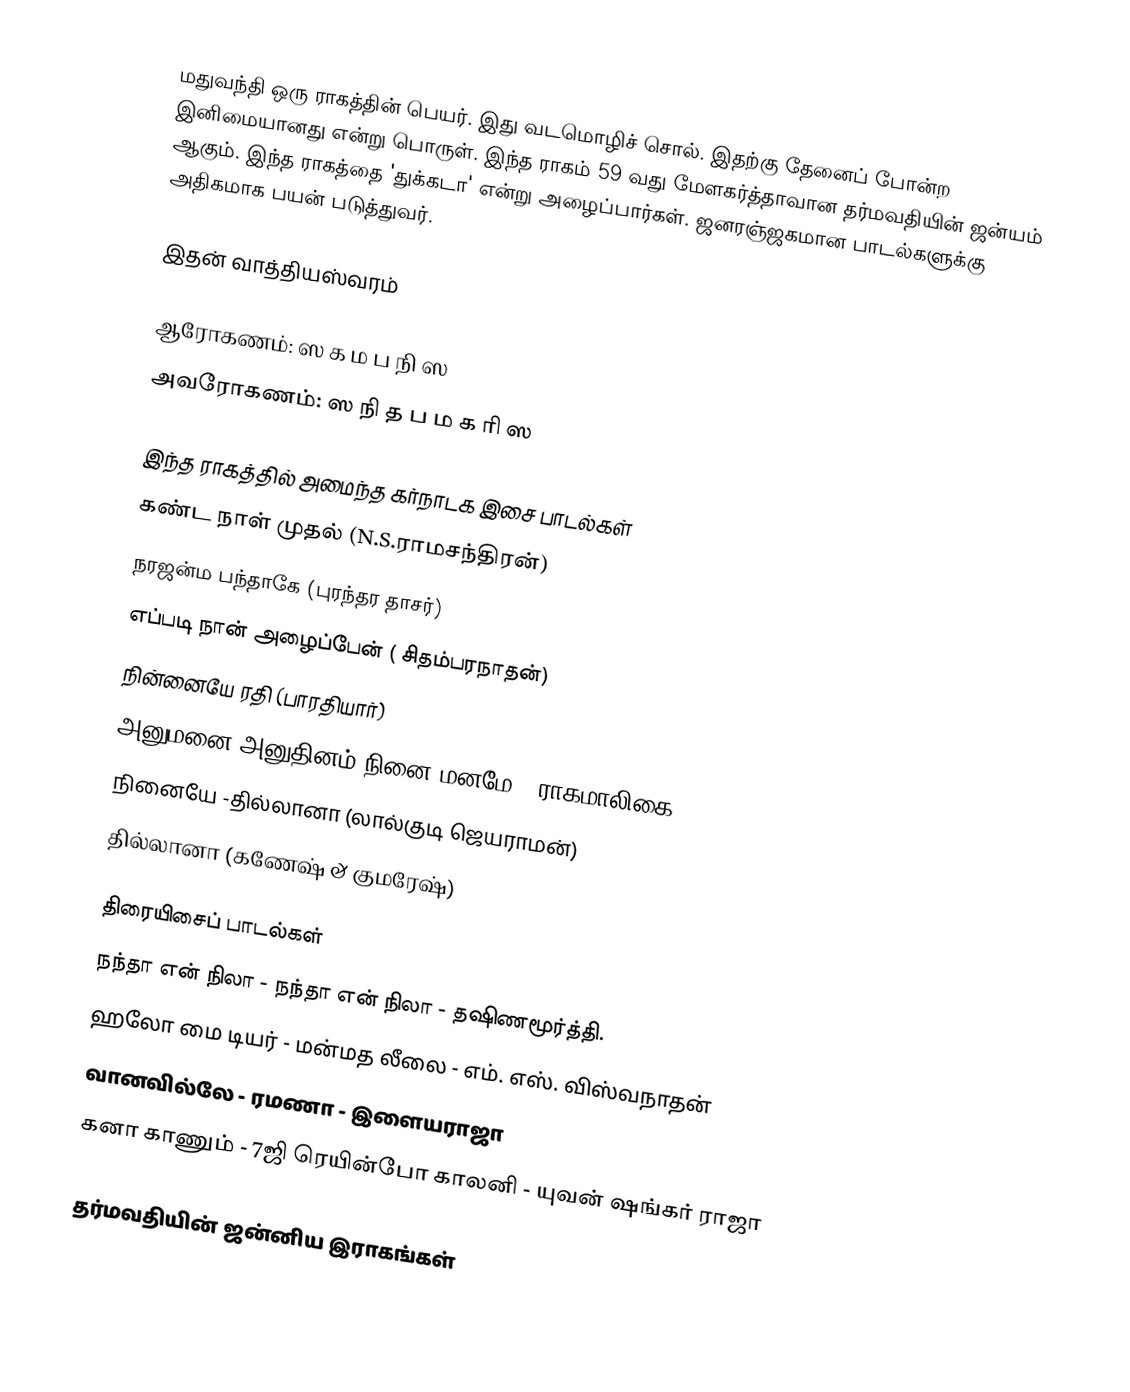
மதுவந்தி ஒரு ராகத்தின் பெயர். இது வடமொழிச் சொல். இதற்கு தேனைப் போன்ற இனிமையானது என்று பொருள். இந்த ராகம் 59 வது மேளகர்த்தாவான தர்மவதியின் ஜன்யம் ஆகும். இந்த ராகத்தை 'துக்கடா' என்று அழைப்பார்கள். ஜனரஞ்ஜகமான பாடல்களுக்கு அதிகமாக பயன் படுத்துவர்.

இதன் வாத்தியஸ்வரம்

 ஆரோகணம்:  ஸ க ம ப நி ஸ
 அவரோகணம்: ஸ நி த ப ம க ரி ஸ

இந்த ராகத்தில் அமைந்த கர்நாடக இசை பாடல்கள்
 கண்ட நாள் முதல் (N.S.ராமசந்திரன்)
 நரஜன்ம பந்தாகே (புரந்தர தாசர்)
 எப்படி நான் அழைப்பேன் ( சிதம்பரநாதன்)
 நின்னையே ரதி (பாரதியார்)
 அனுமனை அனுதினம் நினை மனமே - ராகமாலிகை
 நினையே -தில்லானா (லால்குடி ஜெயராமன்)
 தில்லானா (கணேஷ் & குமரேஷ்)

திரையிசைப் பாடல்கள்
 நந்தா என் நிலா -  நந்தா என் நிலா - தஷிணமூர்த்தி.
 ஹலோ மை டியர் - மன்மத லீலை - எம். எஸ். விஸ்வநாதன்
 வானவில்லே - ரமணா - இளையராஜா
 கனா காணும் - 7ஜி ரெயின்போ காலனி - யுவன் ஷங்கர் ராஜா

தர்மவதியின் ஜன்னிய இராகங்கள்